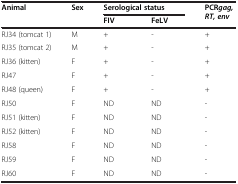
<table><thead><tr><td rowspan="2"><b>Animal</b></td><td rowspan="2"><b>Sex</b></td><td colspan="2"><b>Serological status</b></td><td rowspan="2"><b>PCR<i>gag, RT, env</i></b></td></tr><tr><td><b>FIV</b></td><td><b>FeLV</b></td></tr></thead><tbody><tr><td>RJ34 (tomcat 1)</td><td>M</td><td>+</td><td>-</td><td>+</td></tr><tr><td>RJ35 (tomcat 2)</td><td>M</td><td>+</td><td>-</td><td>+</td></tr><tr><td>RJ36 (kitten)</td><td>F</td><td>+</td><td>-</td><td>+</td></tr><tr><td>RJ47</td><td>F</td><td>+</td><td>-</td><td>+</td></tr><tr><td>RJ48 (queen)</td><td>F</td><td>+</td><td>-</td><td>+</td></tr><tr><td>RJ50</td><td>F</td><td>ND</td><td>ND</td><td>-</td></tr><tr><td>RJ51 (kitten)</td><td>F</td><td>ND</td><td>ND</td><td>-</td></tr><tr><td>RJ52 (kitten)</td><td>F</td><td>ND</td><td>ND</td><td>-</td></tr><tr><td>RJ58</td><td>F</td><td>ND</td><td>ND</td><td>-</td></tr><tr><td>RJ59</td><td>F</td><td>ND</td><td>ND</td><td>-</td></tr><tr><td>RJ60</td><td>F</td><td>ND</td><td>ND</td><td>-</td></tr></tbody></table>